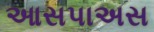
આસપાઅસ